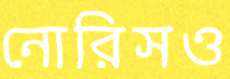
নোরিসও